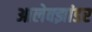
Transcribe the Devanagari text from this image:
आलेक्झांडर